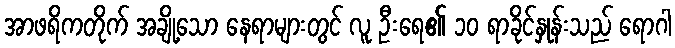
အာဖရိကတိုက် အချို့သော နေရာများတွင် လူ ဦးရေ၏ ၁၀ ရာခိုင်နှုန်းသည် ရောဂါ